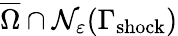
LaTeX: \overline{{\Omega}}\cap\mathcal{N}_{\varepsilon}(\Gamma_{\mathrm{shock}})